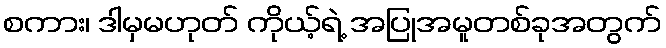
စကား၊ ဒါမှမဟုတ် ကိုယ့်ရဲ့ အပြုအမူတစ်ခုအတွက်